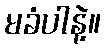
မခံပါနဲ့။